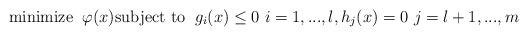
LaTeX: \begin{align*}\mbox{minimize} \;\; \varphi (x) \mbox{subject to}\;\; g_i (x) \leq 0 ~ i=1,...,l, h_j (x) = 0 ~ j=l+1,...,m\end{align*}